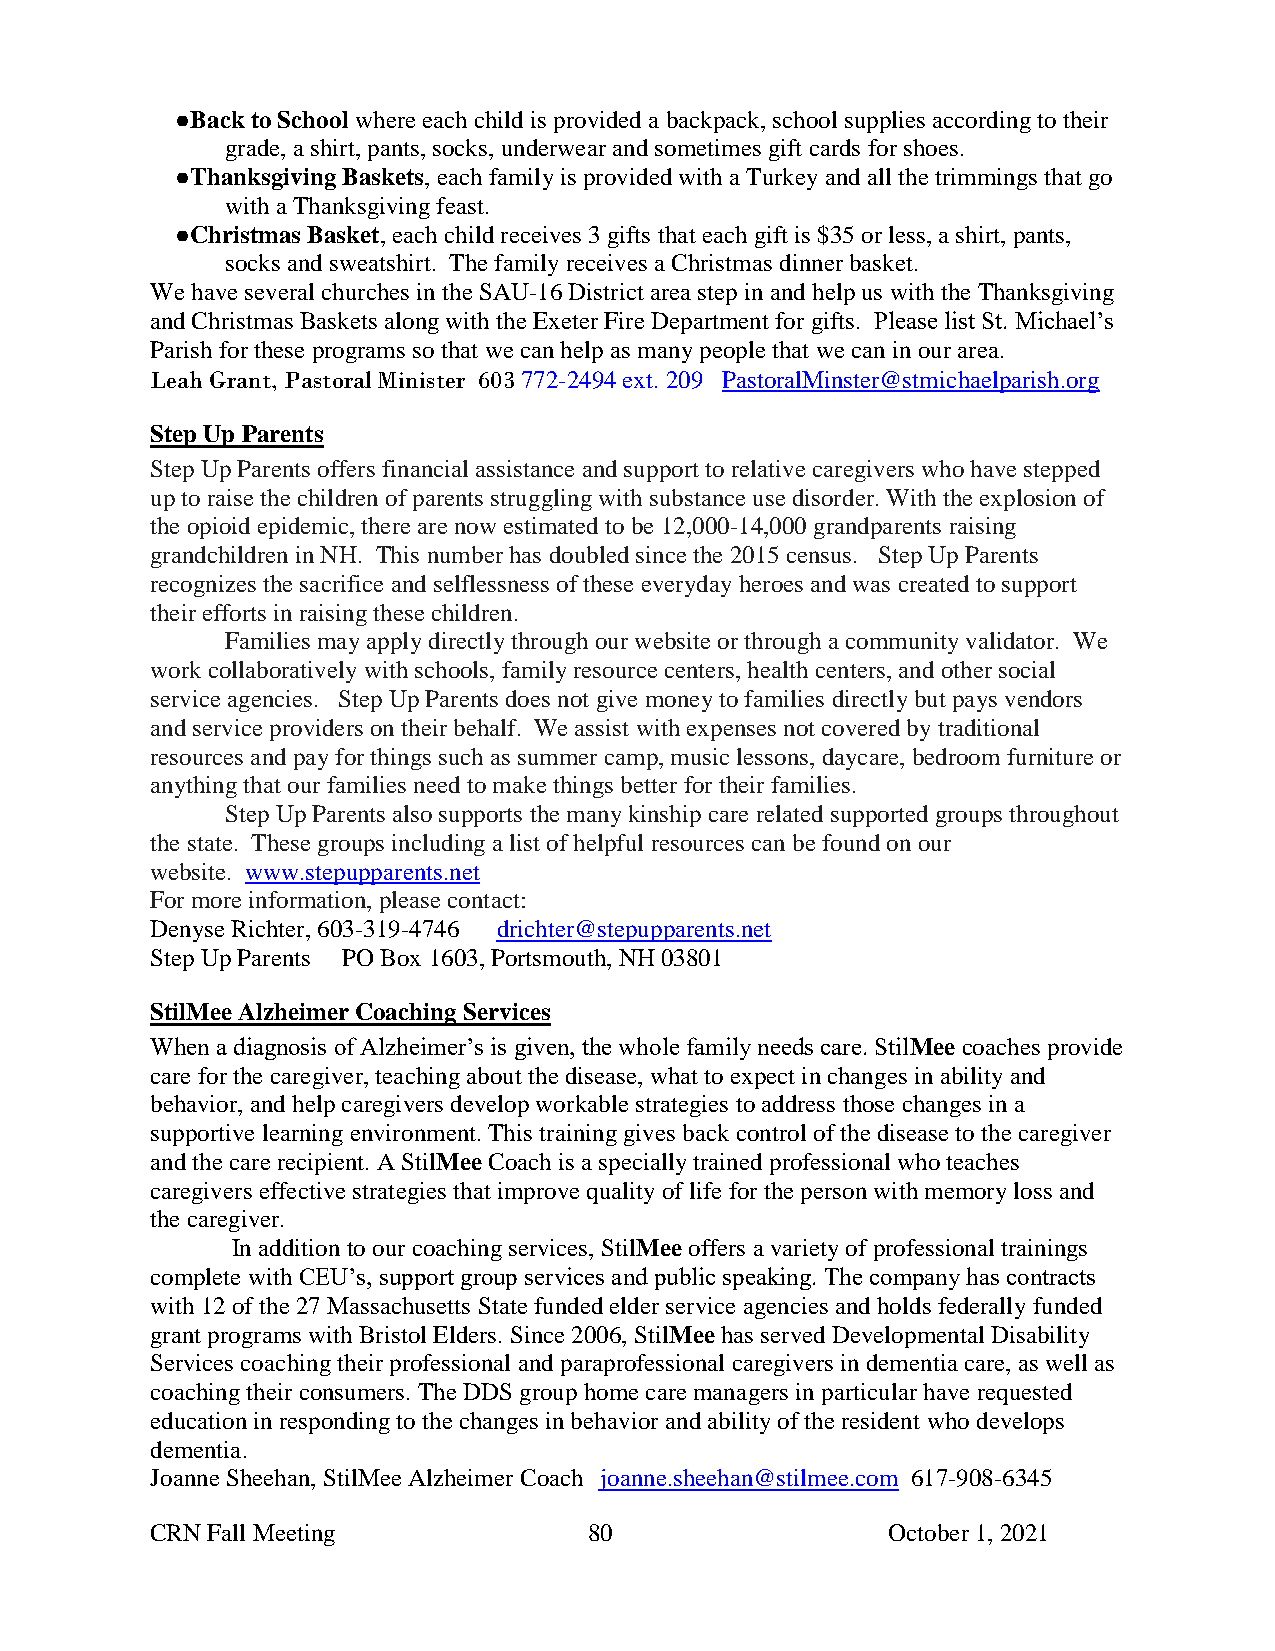
●Back to School where each child is provided a backpack, school supplies according to their
 grade, a shirt, pants, socks, underwear and sometimes gift cards for shoes.
 ●Thanksgiving Baskets, each family is provided with a Turkey and all the trimmings that go
 with a Thanksgiving feast.
 ●Christmas Basket, each child receives 3 gifts that each gift is $35 or less, a shirt, pants,
 socks and sweatshirt. The family receives a Christmas dinner basket.
 We have several churches in the SAU-16 District area step in and help us with the Thanksgiving
 and Christmas Baskets along with the Exeter Fire Department for gifts. Please list St. Michael’s
 Parish for these programs so that we can help as many people that we can in our area.
 Leah Grant, Pastoral Minister 603 772-2494 ext. 209 PastoralMinster@stmichaelparish.org
 Step Up Parents
 Step Up Parents offers financial assistance and support to relative caregivers who have stepped
 up to raise the children of parents struggling with substance use disorder. With the explosion of
 the opioid epidemic, there are now estimated to be 12,000-14,000 grandparents raising
 grandchildren in NH. This number has doubled since the 2015 census. Step Up Parents
 recognizes the sacrifice and selflessness of these everyday heroes and was created to support
 their efforts in raising these children.
 Families may apply directly through our website or through a community validator. We
 work collaboratively with schools, family resource centers, health centers, and other social
 service agencies. Step Up Parents does not give money to families directly but pays vendors
 and service providers on their behalf. We assist with expenses not covered by traditional
 resources and pay for things such as summer camp, music lessons, daycare, bedroom furniture or
 anything that our families need to make things better for their families.
 Step Up Parents also supports the many kinship care related supported groups throughout
 the state. These groups including a list of helpful resources can be found on our
 website. www.stepupparents.net
 For more information, please contact:
 Denyse Richter, 603-319-4746 drichter@stepupparents.net
 Step Up Parents PO Box 1603, Portsmouth, NH 03801
 StilMee Alzheimer Coaching Services
 When a diagnosis of Alzheimer’s is given, the whole family needs care. StilMee coaches provide
 care for the caregiver, teaching about the disease, what to expect in changes in ability and
 behavior, and help caregivers develop workable strategies to address those changes in a
 supportive learning environment. This training gives back control of the disease to the caregiver
 and the care recipient. A StilMee Coach is a specially trained professional who teaches
 caregivers effective strategies that improve quality of life for the person with memory loss and
 the caregiver.
 In addition to our coaching services, StilMee offers a variety of professional trainings
 complete with CEU’s, support group services and public speaking. The company has contracts
 with 12 of the 27 Massachusetts State funded elder service agencies and holds federally funded
 grant programs with Bristol Elders. Since 2006, StilMee has served Developmental Disability
 Services coaching their professional and paraprofessional caregivers in dementia care, as well as
 coaching their consumers. The DDS group home care managers in particular have requested
 education in responding to the changes in behavior and ability of the resident who develops
 dementia.
 Joanne Sheehan, StilMee Alzheimer Coach joanne.sheehan@stilmee.com 617-908-6345
 CRN Fall Meeting             80                  October 1, 2021